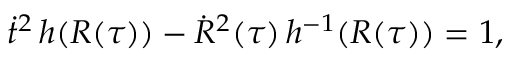
\dot { t } ^ { 2 } \, h ( R ( \tau ) ) - \dot { R } ^ { 2 } ( \tau ) \, h ^ { - 1 } ( R ( \tau ) ) = 1 ,